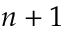
n + 1